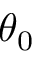
\theta _ { 0 }